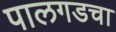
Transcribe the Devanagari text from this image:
पालगडचा